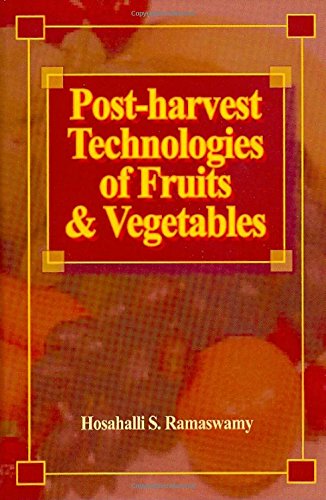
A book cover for Post-harvest Technologies for Fruits and Vegetables; Hosahalli S. Ramaswamy; Medical Books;